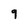
Character: 9